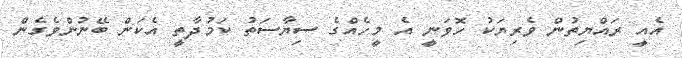
އެއީ ރައްޔިތުން ވެރިޔަކު ހޮވަނީ އެ މީހެއްގެ ސިޔާސަތު ކަމުދާތީ އެކަން ބޭނުންވެގެން